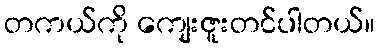
တကယ်ကို ကျေးဇူးတင်ပါတယ်။